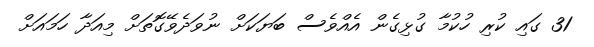
31 ގައި ކުރި ހުކުމާ ގުޅިގެން އެއްވެސް ބަޔަކަށް ނުވަދެވޭގޮތަށް މިއަދާ ހަމައަށް